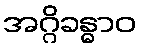
အဂ္ဂိခန္ဓာဝ